King Institute of Preventive Medicine Micro-Biological Section reports 1909-11
Year: 1909
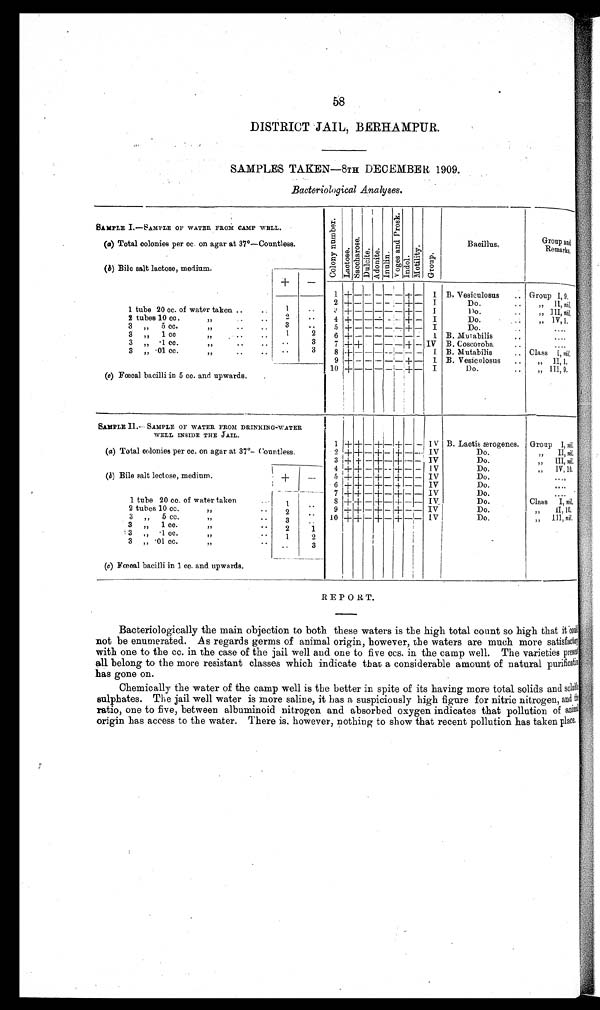
58
DISTRICT JAIL, BERHAMPUR.
SAMPLES TAKEN— 8TH DECEMBER 1909.
Bacteriological Analyses.
SAMPLE I.
— S
AMPLE OF WATER FROM CAMP WHLL.
C o l o n y n u m b e r . La c t o s e .
S a c c h a r e o s e .
D u l c i t e . Ad o n i t e . I n u l i n . V o g e s a n d P r o s k . I n d o l . M o t i l i t y . Gr oup.
Bacillus.
Group and
Remarks.
(a) Total colonies per cc. on agar at 37°—
Countless.
(b) Bile salt lactose, medium.
+
—
1 + — — — —
—
+ — I B. Vesiculosus. Group I, 9,
2 + — — — — —
+
—
I
Do. .. „ 11, ni l,
1 tube 20 cc. of water taken .. . .
1
. . 3 +
— — — — —
+
—
I
Do. ..
, , I I I ,
N i l .
2 tubes 10 cc
,,
. .
. .
2
. . 4 +
— — — ———
+
—
I
D o . . .
„ 1 V , 1 .
3 , , 5 cc.
,,
.. .. 3 •• 5 +
— — — — —
+
—
I
D o . . .
3 „ 1 cc
,,
..
. . 1
2 6 + — — —
— — — —
I B. Mutabilis ..
3 „ ·1 cc.
,,
. .
. . . .
3 7 + +
— — — —
+
—
IV B. Coscoroba ..
3 „ ·01 cc
,,
.. .. . .
3 8 +
— — — — — — —
1 B. Mutabilis .. Class 1, n i l ,
9 +
— — — — —
+
—
I B. Vesiculosus ..
, , I I , 1 .
10 +
— — — — —
+
—
I
Do. .. „ 111, 9.
(c) Fœcal bacilli in 5 cc. and upwards.
SAMPLE II.
—
SAMPLE OF WATER FROM DRINRING-WATER
WELL INSIDE THE JAIL.
1 + + — +
—
+
— —
IV B. Lactic ærogenes. Group I, nil.
(a) Total colonies per cc. on agar at. 37°—
Countless.
2 + +
—
+
—
+
— —
IV
Do.
„ II, nil.
3 + +
—
+
—
+
— —
IV
Do.
„ III, nil.
4 + +
—
+
—
+
— —
IV
Do.
„ IV,10.
(b) Bile salt lectose, medium.
+
—
5 + +
—
+
—
+
— —
Iv
Do.
6 + +
—
+
—
+
— —
IV
Do.
....
7 + +
—
+
—
+
— —
IV
Do.
....
1 tube 20 cc. of water taken
. . 1
. .
8 + +
—
+
—
+
— —
IV.
Do.
Class I, nil.
2 tubes 10 cc
,,
.. 2
. .
9 + +
—
+
—
+
— —
IV
Do.
„ II, 10,
3 , , 5 cc
,, ..
3
. . 10 + +
—
+
—
+
— —
IV
Do.
„ III, n i l
.
3 „
1 cc.
,, ..
2
1
3 , , · 1 cc.
,, ..
1
2
3 „ ·01 cc.
, ,
. .
. . 3
(c) Fœcal bacilli in 1 cc. and upwards.
REPORT.
Bacteriologically the main objection to both these waters is the high total count so high that it could
not be enumerated. As regards germs of animal origin, however, the waters are much more satisfactory
with one to the cc. in the case of the jail well and one to five ccs. in the camp well. The varieties present
all belong to the more resistant classes which indicate that a considerable amount of natural purification
has gone on.
Chemically the water of the camp well is the better in spite of its having more total solids and soluble
sulphates. The jail well water is more saline, it has a. suspiciously high figure for nitric nitrogen, and
ratio, one to five, between albuminoid nitrogen and absorbed oxygen indicates that pollution of anmal
origin has access to the water. There is. however, nothing to show that recent pollution has taken place.